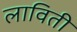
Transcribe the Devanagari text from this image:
लाविती